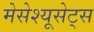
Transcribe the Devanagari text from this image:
मेसेश्यूसेट्स